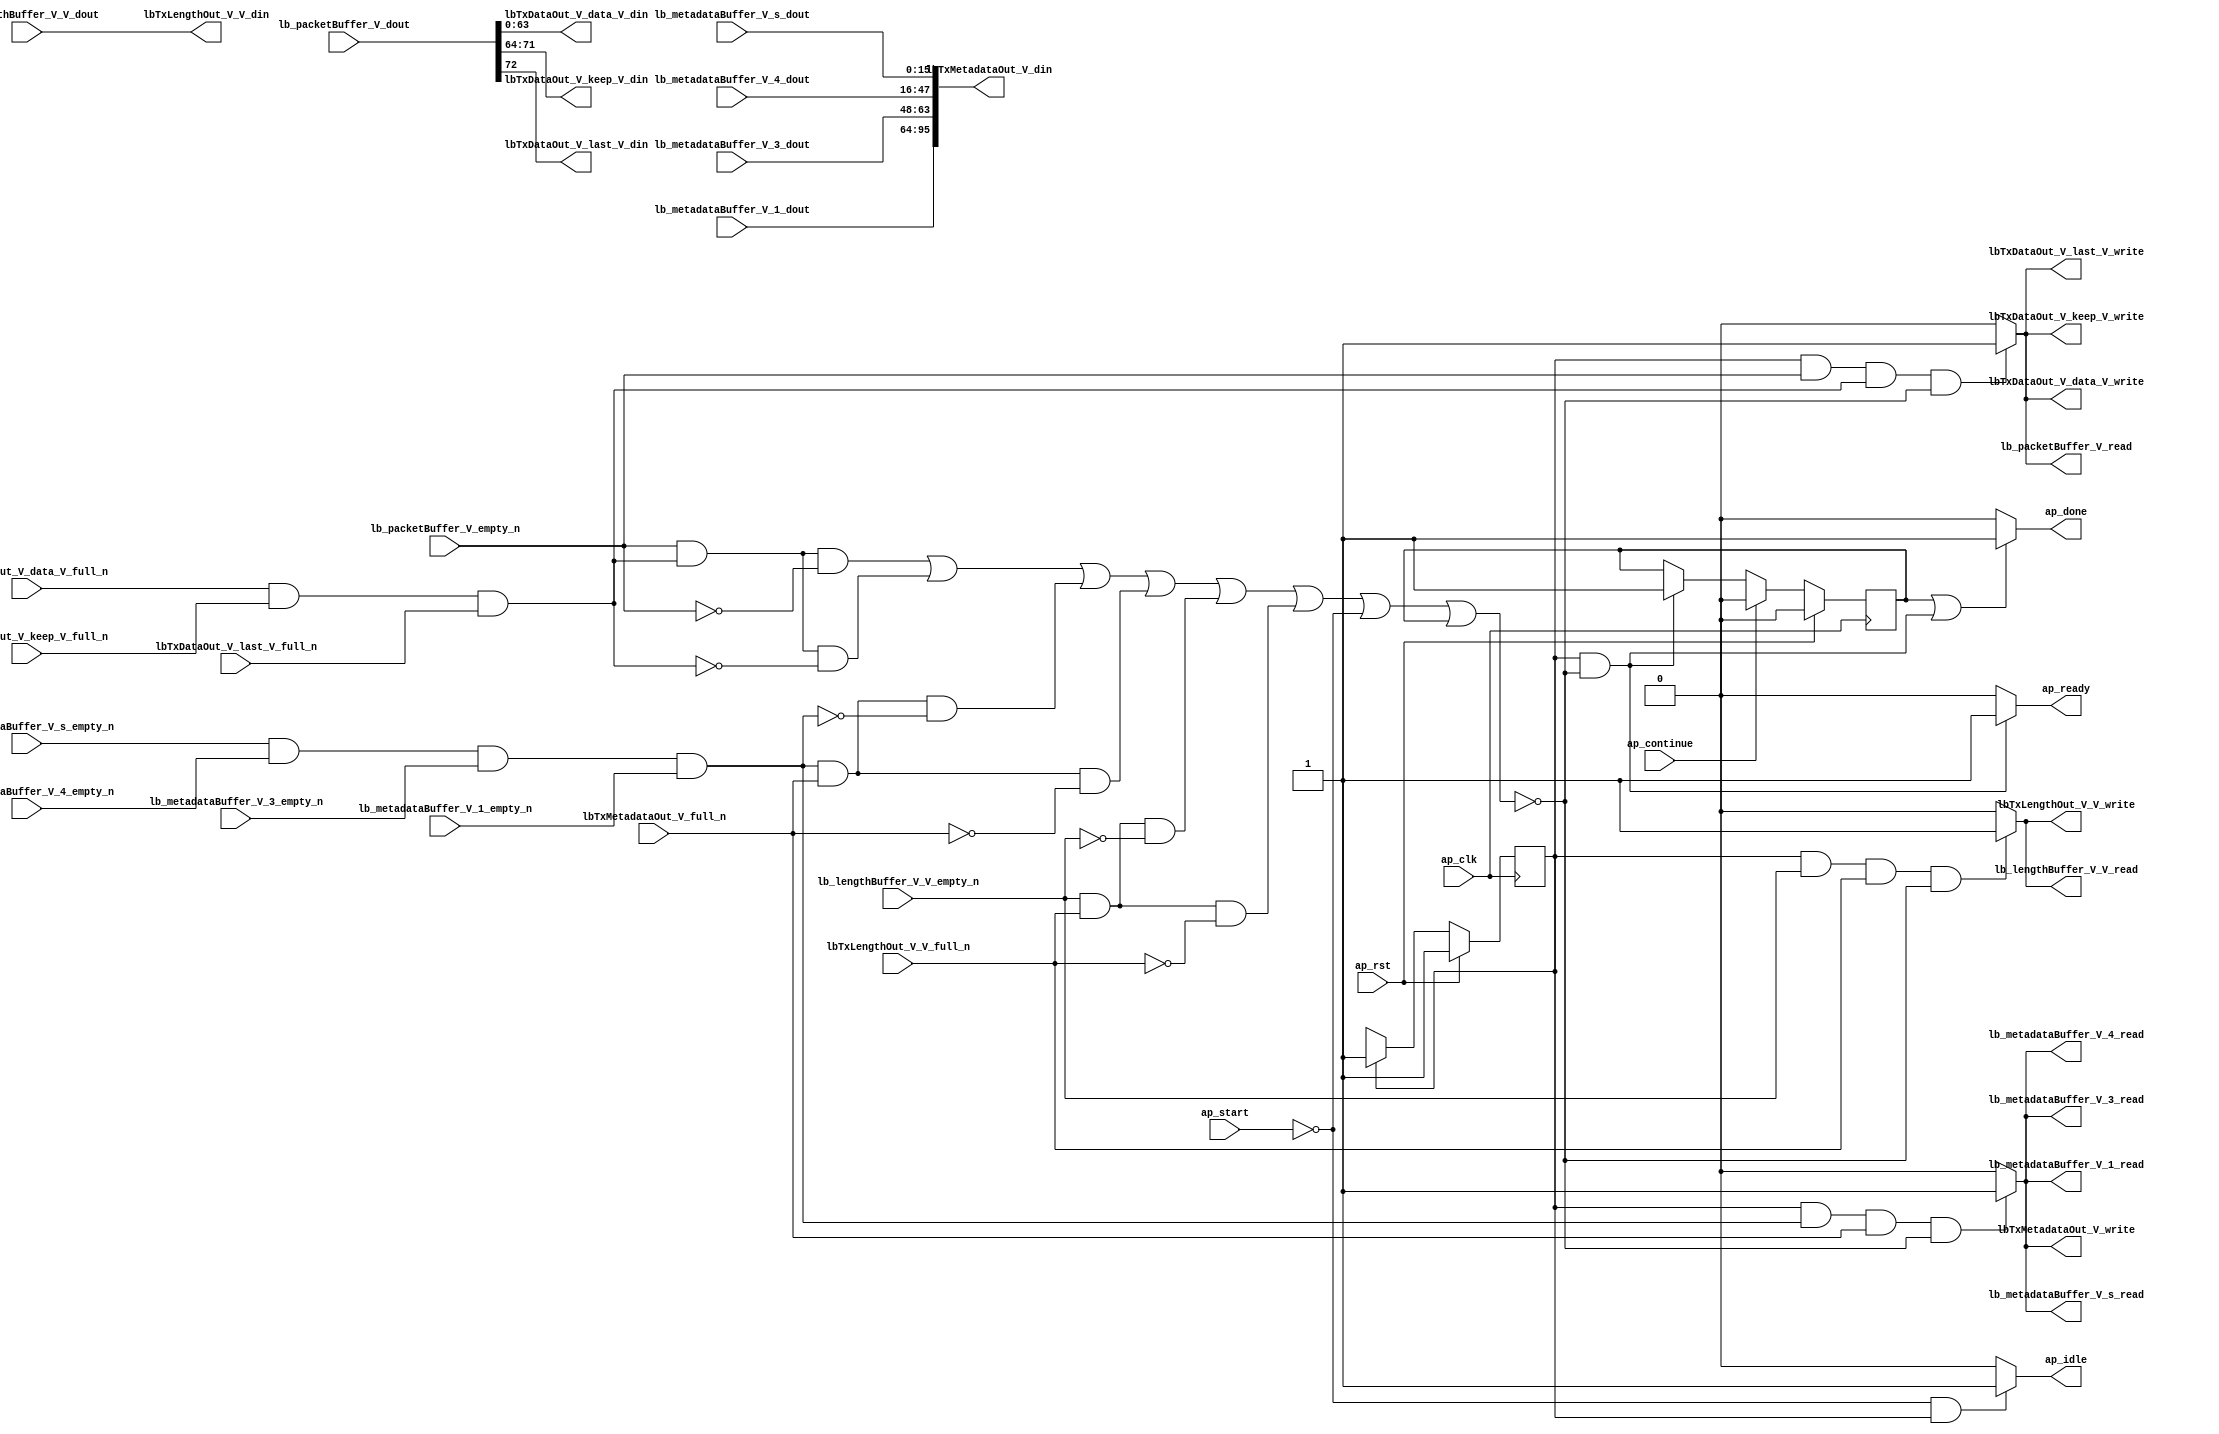
// This program was cloned from: https://github.com/mustafabbas/ECE1373_2016_hft_on_fpga
// License: MIT License

// ==============================================================
// RTL generated by Vivado(TM) HLS - High-Level Synthesis from C, C++ and SystemC
// Version: 2016.3
// Copyright (C) 1986-2016 Xilinx, Inc. All Rights Reserved.
// 
// ===========================================================

`timescale 1 ns / 1 ps 

module txPath (
        ap_clk,
        ap_rst,
        ap_start,
        ap_done,
        ap_continue,
        ap_idle,
        ap_ready,
        lbTxDataOut_V_data_V_din,
        lbTxDataOut_V_data_V_full_n,
        lbTxDataOut_V_data_V_write,
        lbTxDataOut_V_keep_V_din,
        lbTxDataOut_V_keep_V_full_n,
        lbTxDataOut_V_keep_V_write,
        lbTxDataOut_V_last_V_din,
        lbTxDataOut_V_last_V_full_n,
        lbTxDataOut_V_last_V_write,
        lbTxMetadataOut_V_din,
        lbTxMetadataOut_V_full_n,
        lbTxMetadataOut_V_write,
        lbTxLengthOut_V_V_din,
        lbTxLengthOut_V_V_full_n,
        lbTxLengthOut_V_V_write,
        lb_packetBuffer_V_dout,
        lb_packetBuffer_V_empty_n,
        lb_packetBuffer_V_read,
        lb_metadataBuffer_V_s_dout,
        lb_metadataBuffer_V_s_empty_n,
        lb_metadataBuffer_V_s_read,
        lb_metadataBuffer_V_4_dout,
        lb_metadataBuffer_V_4_empty_n,
        lb_metadataBuffer_V_4_read,
        lb_metadataBuffer_V_3_dout,
        lb_metadataBuffer_V_3_empty_n,
        lb_metadataBuffer_V_3_read,
        lb_metadataBuffer_V_1_dout,
        lb_metadataBuffer_V_1_empty_n,
        lb_metadataBuffer_V_1_read,
        lb_lengthBuffer_V_V_dout,
        lb_lengthBuffer_V_V_empty_n,
        lb_lengthBuffer_V_V_read
);

parameter    ap_ST_fsm_state1 = 1'b1;
parameter    ap_const_lv32_0 = 32'b00000000000000000000000000000000;
parameter    ap_const_lv32_48 = 32'b1001000;
parameter    ap_const_lv32_40 = 32'b1000000;
parameter    ap_const_lv32_47 = 32'b1000111;

input   ap_clk;
input   ap_rst;
input   ap_start;
output   ap_done;
input   ap_continue;
output   ap_idle;
output   ap_ready;
output  [63:0] lbTxDataOut_V_data_V_din;
input   lbTxDataOut_V_data_V_full_n;
output   lbTxDataOut_V_data_V_write;
output  [7:0] lbTxDataOut_V_keep_V_din;
input   lbTxDataOut_V_keep_V_full_n;
output   lbTxDataOut_V_keep_V_write;
output  [0:0] lbTxDataOut_V_last_V_din;
input   lbTxDataOut_V_last_V_full_n;
output   lbTxDataOut_V_last_V_write;
output  [95:0] lbTxMetadataOut_V_din;
input   lbTxMetadataOut_V_full_n;
output   lbTxMetadataOut_V_write;
output  [15:0] lbTxLengthOut_V_V_din;
input   lbTxLengthOut_V_V_full_n;
output   lbTxLengthOut_V_V_write;
input  [72:0] lb_packetBuffer_V_dout;
input   lb_packetBuffer_V_empty_n;
output   lb_packetBuffer_V_read;
input  [15:0] lb_metadataBuffer_V_s_dout;
input   lb_metadataBuffer_V_s_empty_n;
output   lb_metadataBuffer_V_s_read;
input  [31:0] lb_metadataBuffer_V_4_dout;
input   lb_metadataBuffer_V_4_empty_n;
output   lb_metadataBuffer_V_4_read;
input  [15:0] lb_metadataBuffer_V_3_dout;
input   lb_metadataBuffer_V_3_empty_n;
output   lb_metadataBuffer_V_3_read;
input  [31:0] lb_metadataBuffer_V_1_dout;
input   lb_metadataBuffer_V_1_empty_n;
output   lb_metadataBuffer_V_1_read;
input  [15:0] lb_lengthBuffer_V_V_dout;
input   lb_lengthBuffer_V_V_empty_n;
output   lb_lengthBuffer_V_V_read;

reg ap_done;
reg ap_idle;
reg ap_ready;
reg lbTxMetadataOut_V_write;
reg lbTxLengthOut_V_V_write;
reg lb_packetBuffer_V_read;
reg lb_lengthBuffer_V_V_read;

reg    ap_done_reg;
(* fsm_encoding = "none" *) reg   [0:0] ap_CS_fsm;
wire   [0:0] ap_CS_fsm_state1;
reg    lbTxDataOut_V_data_V_blk_n;
wire   [0:0] tmp_nbreadreq_fu_86_p3;
wire   [0:0] tmp_1_nbwritereq_fu_94_p5;
reg    lbTxDataOut_V_keep_V_blk_n;
reg    lbTxDataOut_V_last_V_blk_n;
reg    lbTxMetadataOut_V_blk_n;
wire   [0:0] tmp_2_nbreadreq_fu_125_p6;
wire   [0:0] tmp_3_nbwritereq_fu_139_p3;
reg    lbTxLengthOut_V_V_blk_n;
wire   [0:0] tmp_4_nbreadreq_fu_166_p3;
wire   [0:0] tmp_5_nbwritereq_fu_174_p3;
reg    lb_packetBuffer_V_blk_n;
reg    lb_metadataBuffer_V_s_blk_n;
reg    lb_metadataBuffer_V_4_blk_n;
reg    lb_metadataBuffer_V_3_blk_n;
reg    lb_metadataBuffer_V_1_blk_n;
reg    lb_lengthBuffer_V_V_blk_n;
wire    lbTxDataOut_V_data_V1_status;
wire    lb_metadataBuffer_V_s0_status;
reg    ap_condition_130;
reg    lbTxDataOut_V_data_V1_update;
reg    lb_metadataBuffer_V_s0_update;
reg   [0:0] ap_NS_fsm;

// power-on initialization
initial begin
#0 ap_done_reg = 1'b0;
#0 ap_CS_fsm = 1'b1;
end

always @ (posedge ap_clk) begin
    if (ap_rst == 1'b1) begin
        ap_CS_fsm <= ap_ST_fsm_state1;
    end else begin
        ap_CS_fsm <= ap_NS_fsm;
    end
end

always @ (posedge ap_clk) begin
    if (ap_rst == 1'b1) begin
        ap_done_reg <= 1'b0;
    end else begin
        if ((1'b1 == ap_continue)) begin
            ap_done_reg <= 1'b0;
        end else if (((ap_CS_fsm_state1 == 1'b1) & ~(ap_condition_130 == 1'b1))) begin
            ap_done_reg <= 1'b1;
        end
    end
end

always @ (*) begin
    if (((1'b1 == ap_done_reg) | ((ap_CS_fsm_state1 == 1'b1) & ~(ap_condition_130 == 1'b1)))) begin
        ap_done = 1'b1;
    end else begin
        ap_done = 1'b0;
    end
end

always @ (*) begin
    if (((1'b0 == ap_start) & (ap_CS_fsm_state1 == 1'b1))) begin
        ap_idle = 1'b1;
    end else begin
        ap_idle = 1'b0;
    end
end

always @ (*) begin
    if (((ap_CS_fsm_state1 == 1'b1) & ~(ap_condition_130 == 1'b1))) begin
        ap_ready = 1'b1;
    end else begin
        ap_ready = 1'b0;
    end
end

always @ (*) begin
    if (((ap_CS_fsm_state1 == 1'b1) & ~(tmp_nbreadreq_fu_86_p3 == 1'b0) & ~(1'b0 == tmp_1_nbwritereq_fu_94_p5) & ~(ap_condition_130 == 1'b1))) begin
        lbTxDataOut_V_data_V1_update = 1'b1;
    end else begin
        lbTxDataOut_V_data_V1_update = 1'b0;
    end
end

always @ (*) begin
    if (((ap_CS_fsm_state1 == 1'b1) & ~(tmp_nbreadreq_fu_86_p3 == 1'b0) & ~(1'b0 == tmp_1_nbwritereq_fu_94_p5))) begin
        lbTxDataOut_V_data_V_blk_n = lbTxDataOut_V_data_V_full_n;
    end else begin
        lbTxDataOut_V_data_V_blk_n = 1'b1;
    end
end

always @ (*) begin
    if (((ap_CS_fsm_state1 == 1'b1) & ~(tmp_nbreadreq_fu_86_p3 == 1'b0) & ~(1'b0 == tmp_1_nbwritereq_fu_94_p5))) begin
        lbTxDataOut_V_keep_V_blk_n = lbTxDataOut_V_keep_V_full_n;
    end else begin
        lbTxDataOut_V_keep_V_blk_n = 1'b1;
    end
end

always @ (*) begin
    if (((ap_CS_fsm_state1 == 1'b1) & ~(tmp_nbreadreq_fu_86_p3 == 1'b0) & ~(1'b0 == tmp_1_nbwritereq_fu_94_p5))) begin
        lbTxDataOut_V_last_V_blk_n = lbTxDataOut_V_last_V_full_n;
    end else begin
        lbTxDataOut_V_last_V_blk_n = 1'b1;
    end
end

always @ (*) begin
    if (((ap_CS_fsm_state1 == 1'b1) & ~(1'b0 == tmp_4_nbreadreq_fu_166_p3) & ~(1'b0 == tmp_5_nbwritereq_fu_174_p3))) begin
        lbTxLengthOut_V_V_blk_n = lbTxLengthOut_V_V_full_n;
    end else begin
        lbTxLengthOut_V_V_blk_n = 1'b1;
    end
end

always @ (*) begin
    if (((ap_CS_fsm_state1 == 1'b1) & ~(1'b0 == tmp_4_nbreadreq_fu_166_p3) & ~(1'b0 == tmp_5_nbwritereq_fu_174_p3) & ~(ap_condition_130 == 1'b1))) begin
        lbTxLengthOut_V_V_write = 1'b1;
    end else begin
        lbTxLengthOut_V_V_write = 1'b0;
    end
end

always @ (*) begin
    if (((ap_CS_fsm_state1 == 1'b1) & ~(1'b0 == tmp_2_nbreadreq_fu_125_p6) & ~(1'b0 == tmp_3_nbwritereq_fu_139_p3))) begin
        lbTxMetadataOut_V_blk_n = lbTxMetadataOut_V_full_n;
    end else begin
        lbTxMetadataOut_V_blk_n = 1'b1;
    end
end

always @ (*) begin
    if (((ap_CS_fsm_state1 == 1'b1) & ~(1'b0 == tmp_2_nbreadreq_fu_125_p6) & ~(1'b0 == tmp_3_nbwritereq_fu_139_p3) & ~(ap_condition_130 == 1'b1))) begin
        lbTxMetadataOut_V_write = 1'b1;
    end else begin
        lbTxMetadataOut_V_write = 1'b0;
    end
end

always @ (*) begin
    if (((ap_CS_fsm_state1 == 1'b1) & ~(1'b0 == tmp_4_nbreadreq_fu_166_p3) & ~(1'b0 == tmp_5_nbwritereq_fu_174_p3))) begin
        lb_lengthBuffer_V_V_blk_n = lb_lengthBuffer_V_V_empty_n;
    end else begin
        lb_lengthBuffer_V_V_blk_n = 1'b1;
    end
end

always @ (*) begin
    if (((ap_CS_fsm_state1 == 1'b1) & ~(1'b0 == tmp_4_nbreadreq_fu_166_p3) & ~(1'b0 == tmp_5_nbwritereq_fu_174_p3) & ~(ap_condition_130 == 1'b1))) begin
        lb_lengthBuffer_V_V_read = 1'b1;
    end else begin
        lb_lengthBuffer_V_V_read = 1'b0;
    end
end

always @ (*) begin
    if (((ap_CS_fsm_state1 == 1'b1) & ~(1'b0 == tmp_2_nbreadreq_fu_125_p6) & ~(1'b0 == tmp_3_nbwritereq_fu_139_p3))) begin
        lb_metadataBuffer_V_1_blk_n = lb_metadataBuffer_V_1_empty_n;
    end else begin
        lb_metadataBuffer_V_1_blk_n = 1'b1;
    end
end

always @ (*) begin
    if (((ap_CS_fsm_state1 == 1'b1) & ~(1'b0 == tmp_2_nbreadreq_fu_125_p6) & ~(1'b0 == tmp_3_nbwritereq_fu_139_p3))) begin
        lb_metadataBuffer_V_3_blk_n = lb_metadataBuffer_V_3_empty_n;
    end else begin
        lb_metadataBuffer_V_3_blk_n = 1'b1;
    end
end

always @ (*) begin
    if (((ap_CS_fsm_state1 == 1'b1) & ~(1'b0 == tmp_2_nbreadreq_fu_125_p6) & ~(1'b0 == tmp_3_nbwritereq_fu_139_p3))) begin
        lb_metadataBuffer_V_4_blk_n = lb_metadataBuffer_V_4_empty_n;
    end else begin
        lb_metadataBuffer_V_4_blk_n = 1'b1;
    end
end

always @ (*) begin
    if (((ap_CS_fsm_state1 == 1'b1) & ~(1'b0 == tmp_2_nbreadreq_fu_125_p6) & ~(1'b0 == tmp_3_nbwritereq_fu_139_p3) & ~(ap_condition_130 == 1'b1))) begin
        lb_metadataBuffer_V_s0_update = 1'b1;
    end else begin
        lb_metadataBuffer_V_s0_update = 1'b0;
    end
end

always @ (*) begin
    if (((ap_CS_fsm_state1 == 1'b1) & ~(1'b0 == tmp_2_nbreadreq_fu_125_p6) & ~(1'b0 == tmp_3_nbwritereq_fu_139_p3))) begin
        lb_metadataBuffer_V_s_blk_n = lb_metadataBuffer_V_s_empty_n;
    end else begin
        lb_metadataBuffer_V_s_blk_n = 1'b1;
    end
end

always @ (*) begin
    if (((ap_CS_fsm_state1 == 1'b1) & ~(tmp_nbreadreq_fu_86_p3 == 1'b0) & ~(1'b0 == tmp_1_nbwritereq_fu_94_p5))) begin
        lb_packetBuffer_V_blk_n = lb_packetBuffer_V_empty_n;
    end else begin
        lb_packetBuffer_V_blk_n = 1'b1;
    end
end

always @ (*) begin
    if (((ap_CS_fsm_state1 == 1'b1) & ~(tmp_nbreadreq_fu_86_p3 == 1'b0) & ~(1'b0 == tmp_1_nbwritereq_fu_94_p5) & ~(ap_condition_130 == 1'b1))) begin
        lb_packetBuffer_V_read = 1'b1;
    end else begin
        lb_packetBuffer_V_read = 1'b0;
    end
end

always @ (*) begin
    case (ap_CS_fsm)
        ap_ST_fsm_state1 : begin
            ap_NS_fsm = ap_ST_fsm_state1;
        end
        default : begin
            ap_NS_fsm = 'bx;
        end
    endcase
end

assign ap_CS_fsm_state1 = ap_CS_fsm[ap_const_lv32_0];

always @ (*) begin
    ap_condition_130 = ((~(tmp_nbreadreq_fu_86_p3 == 1'b0) & ~(1'b0 == tmp_1_nbwritereq_fu_94_p5) & (lb_packetBuffer_V_empty_n == 1'b0)) | (~(tmp_nbreadreq_fu_86_p3 == 1'b0) & ~(1'b0 == tmp_1_nbwritereq_fu_94_p5) & (lbTxDataOut_V_data_V1_status == 1'b0)) | (~(1'b0 == tmp_2_nbreadreq_fu_125_p6) & ~(1'b0 == tmp_3_nbwritereq_fu_139_p3) & (lb_metadataBuffer_V_s0_status == 1'b0)) | (~(1'b0 == tmp_2_nbreadreq_fu_125_p6) & ~(1'b0 == tmp_3_nbwritereq_fu_139_p3) & (lbTxMetadataOut_V_full_n == 1'b0)) | (~(1'b0 == tmp_4_nbreadreq_fu_166_p3) & ~(1'b0 == tmp_5_nbwritereq_fu_174_p3) & (lb_lengthBuffer_V_V_empty_n == 1'b0)) | (~(1'b0 == tmp_4_nbreadreq_fu_166_p3) & ~(1'b0 == tmp_5_nbwritereq_fu_174_p3) & (lbTxLengthOut_V_V_full_n == 1'b0)) | (ap_start == 1'b0) | (ap_done_reg == 1'b1));
end

assign lbTxDataOut_V_data_V1_status = (lbTxDataOut_V_data_V_full_n & lbTxDataOut_V_keep_V_full_n & lbTxDataOut_V_last_V_full_n);

assign lbTxDataOut_V_data_V_din = lb_packetBuffer_V_dout[63:0];

assign lbTxDataOut_V_data_V_write = lbTxDataOut_V_data_V1_update;

assign lbTxDataOut_V_keep_V_din = {{lb_packetBuffer_V_dout[ap_const_lv32_47 : ap_const_lv32_40]}};

assign lbTxDataOut_V_keep_V_write = lbTxDataOut_V_data_V1_update;

assign lbTxDataOut_V_last_V_din = lb_packetBuffer_V_dout[ap_const_lv32_48];

assign lbTxDataOut_V_last_V_write = lbTxDataOut_V_data_V1_update;

assign lbTxLengthOut_V_V_din = lb_lengthBuffer_V_V_dout;

assign lbTxMetadataOut_V_din = {{{{lb_metadataBuffer_V_1_dout}, {lb_metadataBuffer_V_3_dout}}, {lb_metadataBuffer_V_4_dout}}, {lb_metadataBuffer_V_s_dout}};

assign lb_metadataBuffer_V_1_read = lb_metadataBuffer_V_s0_update;

assign lb_metadataBuffer_V_3_read = lb_metadataBuffer_V_s0_update;

assign lb_metadataBuffer_V_4_read = lb_metadataBuffer_V_s0_update;

assign lb_metadataBuffer_V_s0_status = (lb_metadataBuffer_V_s_empty_n & lb_metadataBuffer_V_4_empty_n & lb_metadataBuffer_V_3_empty_n & lb_metadataBuffer_V_1_empty_n);

assign lb_metadataBuffer_V_s_read = lb_metadataBuffer_V_s0_update;

assign tmp_1_nbwritereq_fu_94_p5 = (lbTxDataOut_V_data_V_full_n & lbTxDataOut_V_keep_V_full_n & lbTxDataOut_V_last_V_full_n);

assign tmp_2_nbreadreq_fu_125_p6 = (lb_metadataBuffer_V_s_empty_n & lb_metadataBuffer_V_4_empty_n & lb_metadataBuffer_V_3_empty_n & lb_metadataBuffer_V_1_empty_n);

assign tmp_3_nbwritereq_fu_139_p3 = lbTxMetadataOut_V_full_n;

assign tmp_4_nbreadreq_fu_166_p3 = lb_lengthBuffer_V_V_empty_n;

assign tmp_5_nbwritereq_fu_174_p3 = lbTxLengthOut_V_V_full_n;

assign tmp_nbreadreq_fu_86_p3 = lb_packetBuffer_V_empty_n;

endmodule //txPath